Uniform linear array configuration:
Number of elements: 64
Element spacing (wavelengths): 0.5
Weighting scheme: hamming
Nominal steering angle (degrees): -15
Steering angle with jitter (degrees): -15.607
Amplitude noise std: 0.05
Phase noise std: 0.05

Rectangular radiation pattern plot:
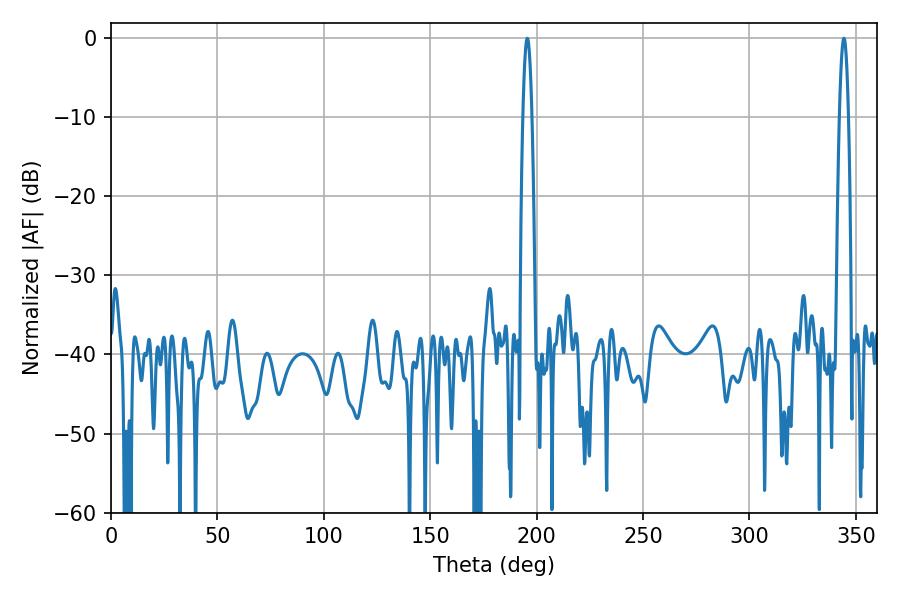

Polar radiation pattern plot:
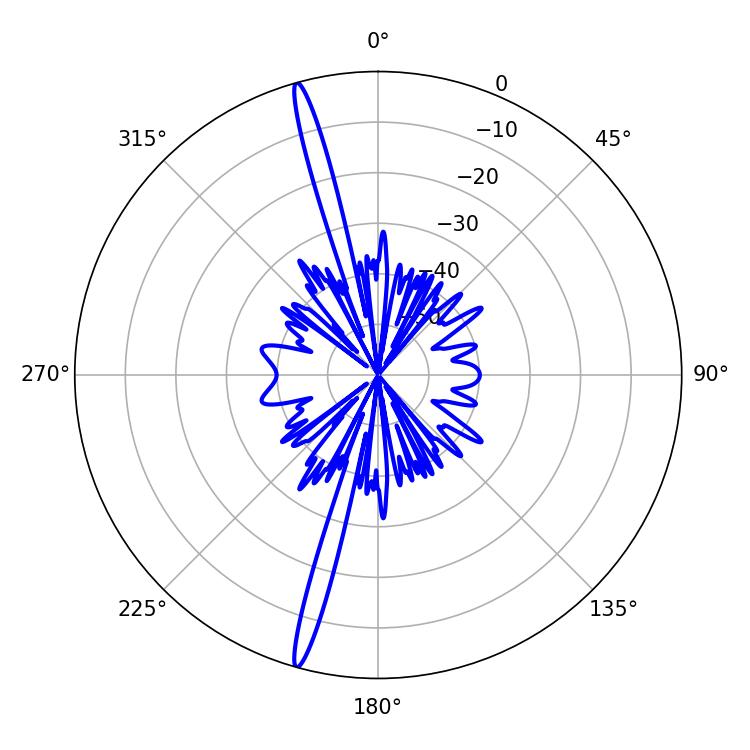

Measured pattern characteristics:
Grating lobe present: FALSE
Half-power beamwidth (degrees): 2.34
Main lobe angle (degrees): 195.66